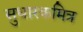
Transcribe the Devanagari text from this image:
सुधारकमित्र